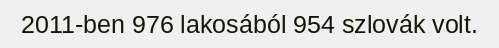
2011-ben 976 lakosából 954 szlovák volt.